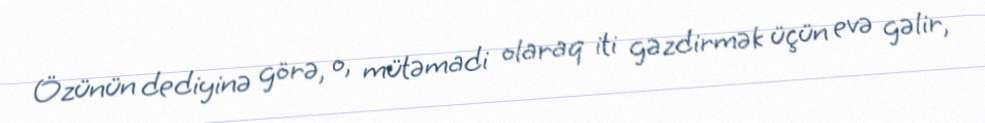
Özünün dediyinə görə, o, mütəmadi olaraq iti gəzdirmək üçün evə gəlir,